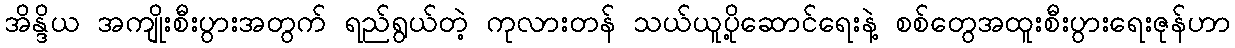
အိန္ဒိယ အကျိုးစီးပွားအတွက် ရည်ရွယ်တဲ့ ကုလားတန် သယ်ယူပို့ဆောင်ရေးနဲ့ စစ်တွေအထူးစီးပွားရေးဇုန်ဟာ